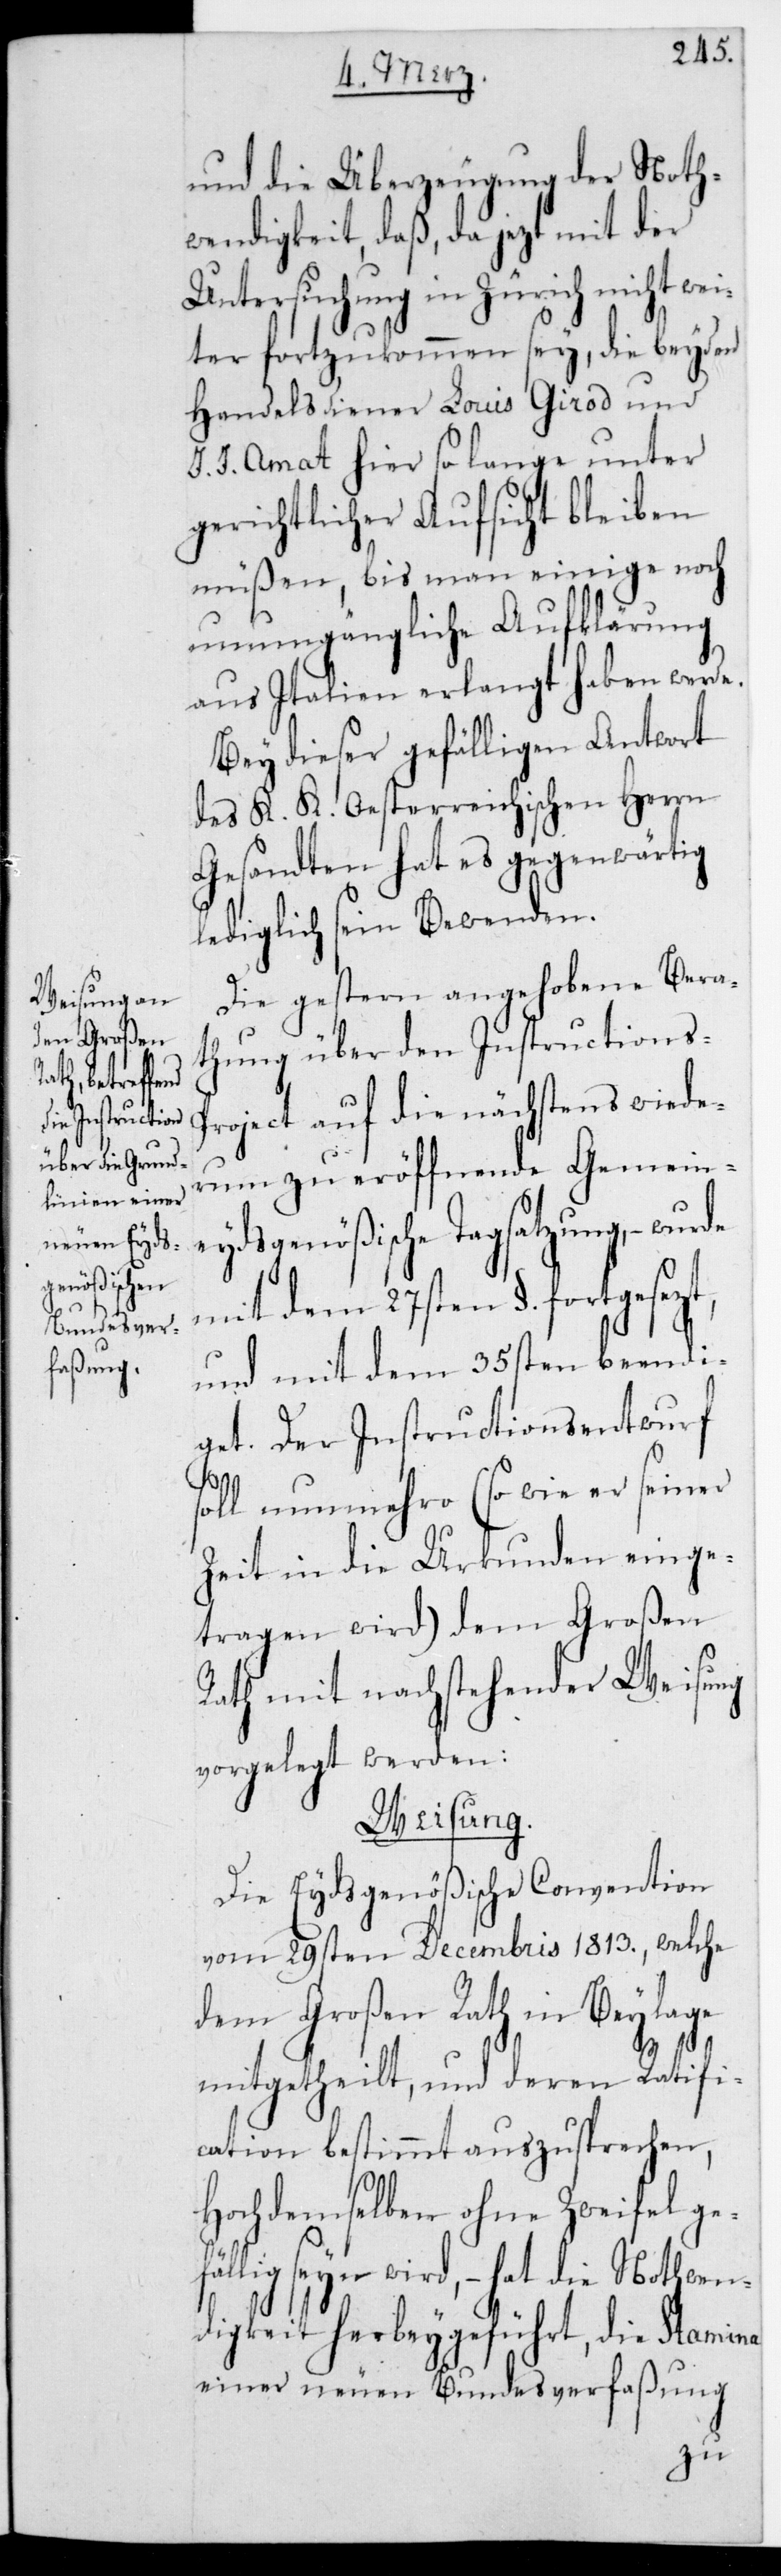
und die Überzeugung der Noth¬
wendigkeit, daß da jetzt mit der
Untersuchung in Zürich nicht wei¬
ter fortzukommen sey, die beyden
Handelsdiener Louis Girod und
J. J. Amat hier so lange unter
gerichtlicher Aufsicht bleiben
müßen, bis man einige noch
unumgängliche Aufklärung
aus Italien erlangt haben werde.
Bey dieser gefälligen Antwort
des K. K. Oesterreichischen Herrn
Gesandten hat es gegenwärtig
lediglich sein Bewenden.
Die gestern angehobene Bera¬
thung über den Instructions-P¬
roject auf die nächstens wiede¬
rum zu eröffnende gemein¬
eydsgenößische Tagsatzung, –
mit dem 27sten §. fortgesezt,
und mit dem 35sten beendi¬
get. Der Instructionsenwurf
soll nunmehro (so wie er seiner
Zeit in die Urkunden einge¬
tragen wird) dem Großen
Rath mit nachstehender Weisung
vorgelegt werden:
Weisung.
Die Eydsgenößische Convention
vom 29sten Decembris 1813., welche
dem Großen Rath in Beylage
mitgetheilt, und deren Ratifi¬
cation bestimmt auszusprechen,
Hochdemselben ohne Zweifel ge¬
fällig sein wird, – hat die Nothwen¬
digkeit herbeygeführt, die Stamina
einer neuen Bundesverfaßung